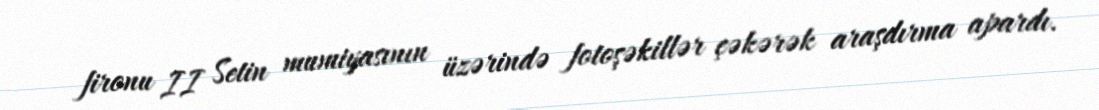
fironu II Setin mumiyasının üzərində fotoşəkillər çəkərək araşdırma apardı.